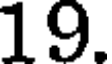
19.